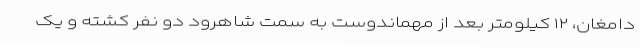
دامغان، ١٢ کیلومتر بعد از مهماندوست به سمت شاهرود دو نفر کشته و یک